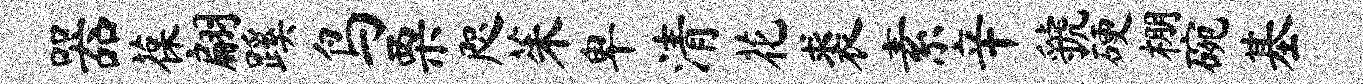
器葆翩蹊鸟栗咫茱卑清花裘素辛虢硬棚碗基